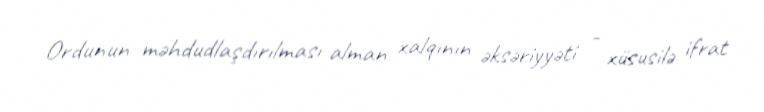
Ordunun məhdudlaşdırılması alman xalqının əksəriyyəti - xüsusilə ifrat